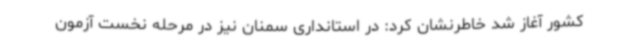
کشور آغاز شد خاطرنشان کرد: در استانداری سمنان نیز در مرحله نخست آزمون